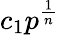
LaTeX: c_{1}p^{\frac{1}{n}}